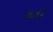
જીઇ